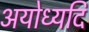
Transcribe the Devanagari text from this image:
अयोध्यदि